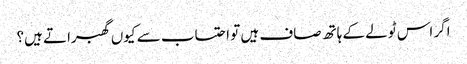
اگر اس ٹولے کے ہاتھ صاف ہیں تو احتساب سے کیوں گھبراتے ہیں؟